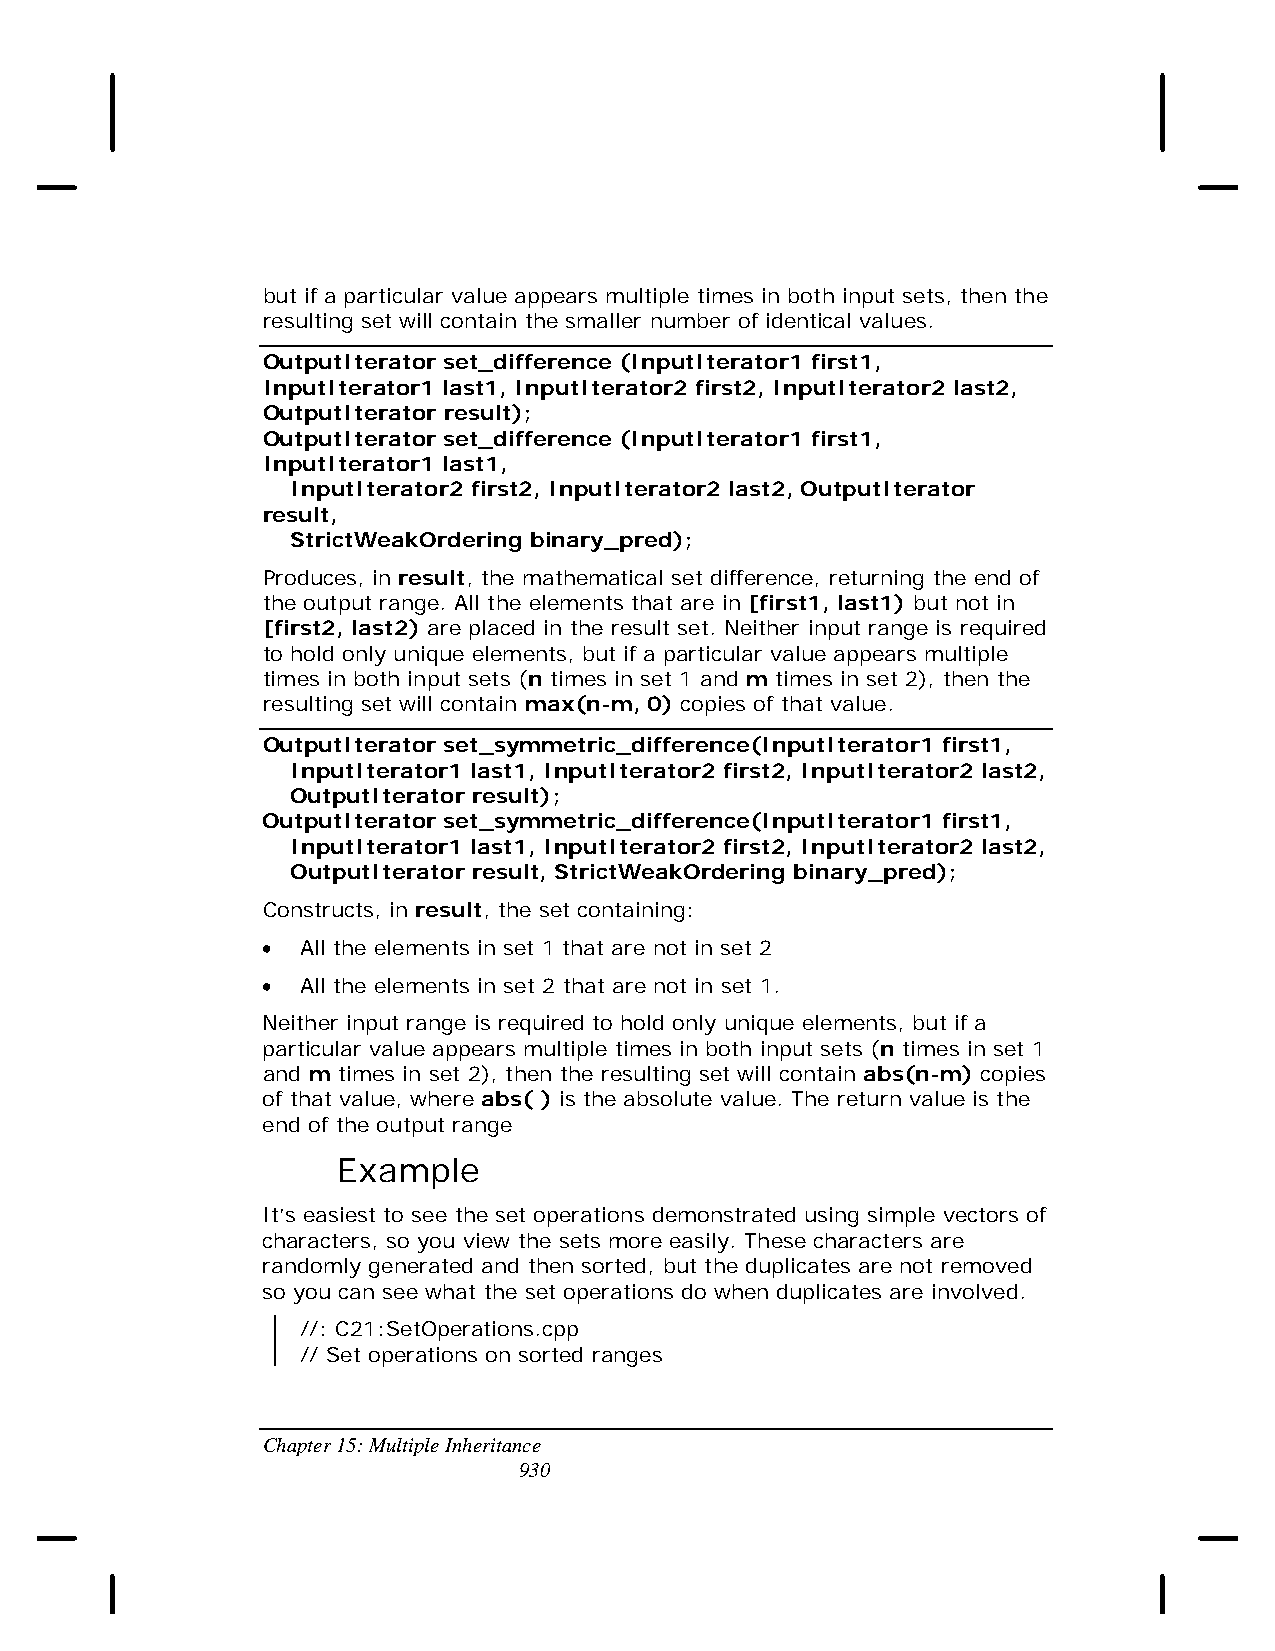
but if a particular value appears multiple times in both input sets, then the
 resulting set will contain the smaller number of identical values.
 OutputIterator set_difference (InputIterator1 first1,
 InputIterator1 last1, InputIterator2 first2, InputIterator2 last2,
 OutputIterator result);
 OutputIterator set_difference (InputIterator1 first1,
 InputIterator1 last1,
 InputIterator2 first2, InputIterator2 last2, OutputIterator
 result,
 StrictWeakOrdering binary_pred);
 Produces, in result, the mathematical set difference, returning the end of
 the output range. All the elements that are in [first1, last1) but not in
 [first2, last2) are placed in the result set. Neither input range is required
 to hold only unique elements, but if a particular value appears multiple
 times in both input sets (n times in set 1 and m times in set 2), then the
 resulting set will contain max(n-m, 0) copies of that value.
 OutputIterator set_symmetric_difference(InputIterator1 first1,
 InputIterator1 last1, InputIterator2 first2, InputIterator2 last2,
 OutputIterator result);
 OutputIterator set_symmetric_difference(InputIterator1 first1,
 InputIterator1 last1, InputIterator2 first2, InputIterator2 last2,
 OutputIterator result, StrictWeakOrdering binary_pred);
 Constructs, in result, the set containing:
 •  All the elements in set 1 that are not in set 2
 •  All the elements in set 2 that are not in set 1.
 Neither input range is required to hold only unique elements, but if a
 particular value appears multiple times in both input sets (n times in set 1
 and m times in set 2), then the resulting set will contain abs(n-m) copies
 of that value, where abs( ) is the absolute value. The return value is the
 end of the output range
 Example
 It’s easiest to see the set operations demonstrated using simple vectors of
 characters, so you view the sets more easily. These characters are
 randomly generated and then sorted, but the duplicates are not removed
 so you can see what the set operations do when duplicates are involved.
 //: C21:SetOperations.cpp
 // Set operations on sorted ranges
 Chapter 15: Multiple Inheritance
 930